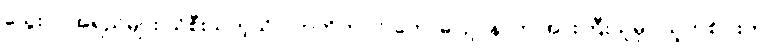
သွေးပုပ်အရည်များ ယိုစီးသကဲ့သို ပကတိကပင် ကောဓ၊ ဥပနာဟ အားကြီးသူမှာ သူတစ်ပါးက